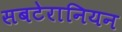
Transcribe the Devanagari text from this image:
सबटेरानियन